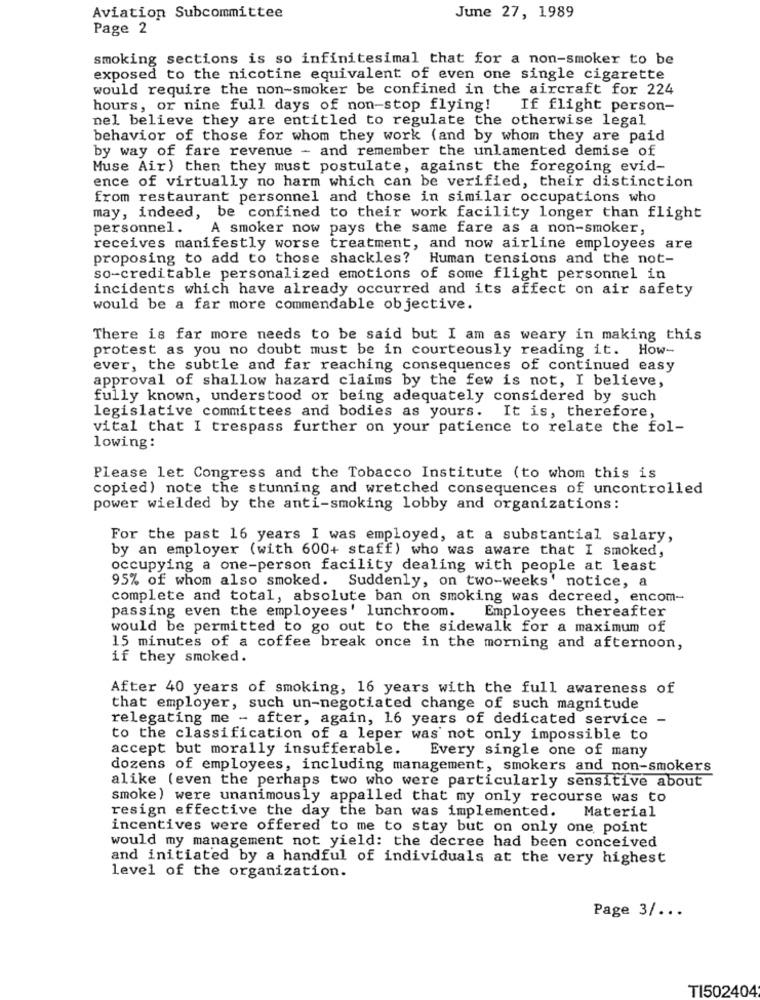
Aviation Subcommittee
June 27, 1989
Page 2
smoking sections is so infinitesimal that for a non-smoker to be
exposed to the nicotine equivalent of even one single cigarette
would require the non-smoker be confined in the aircraft for 224
hours, or nine full days of non-stop flying!
If flight person-
nel believe they are entitled to regulate the otherwise legal
behavior of those for whom they work (and by whom they are paid
by way of fare revenue - and remember the unlamented demise of
Muse Air) then they must postulate, against the foregoing evid-
ence of virtually no harm which can be verified, their distinction
from restaurant personnel and those in similar occupations who
may, indeed, be confined to their work facility longer than flight
personnel.
A smoker now pays the same fare as a non-smoker,
receives manifestly worse treatment, and now airline employees are
proposing to add to those shackles? Human tensions and the not-
so-creditable personalized emotions of some flight personnel in
incidents which have already occurred and its affect on air safety
would be a far more commendable objective.
There is far more needs to be said but I am as weary in making this
protest as you no doubt must be in courteously reading it. How-
ever, the subtle and far reaching consequences of continued easy
approval of shallow hazard claims by the few is not, I believe,
fully known, understood or being adequately considered by such
legislative committees and bodies as yours.
It is, therefore,
vital that I trespass further on your patience to relate the fol-
lowing:
Please let Congress and the Tobacco Institute (to whom this is
copied) note the stunning and wretched consequences of uncontrolled
power wielded by the anti-smoking lobby and organizations:
For the past 16 years I was employed, at a substantial salary,
by an employer (with 600+ staff) who was aware that I smoked,
occupying a one-person facility dealing with people at least
95% of whom also smoked. Suddenly, on two-weeks' notice, a
complete and total, absolute ban on smoking was decreed, encom-
passing even the employees' lunchroom.
Employees thereafter
would be permitted to go out to the sidewalk for a maximum of
15 minutes of a coffee break once in the morning and afternoon,
if they smoked.
After 40 years of smoking, 16 years with the full awareness of
that employer, such un-negotiated change of such magnitude
relegating me - after, again, 16 years of dedicated service -
to the classification of a leper was not only impossible to
accept but morally insufferable.
Every single one of many
dozens of employees, including management, smokers and non-smokers
alike (even the perhaps two who were particularly sensitive about
smoke) were unanimously appalled that my only recourse was to
resign effective the day the ban was implemented.
Material
incentives were offered to me to stay but on only one point
would my management not yield: the decree had been conceived
and initiated by a handful of individuals at the very highest
level of the organization.
Page 3/ ...
TI502404